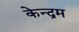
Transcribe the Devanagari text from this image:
केन्द्रम